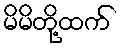
မိမိတို့ထက်